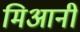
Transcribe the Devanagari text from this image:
मिआनी